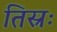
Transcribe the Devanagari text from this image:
तिस्रः